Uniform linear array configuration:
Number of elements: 8
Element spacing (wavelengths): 0.75
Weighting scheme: kaiser
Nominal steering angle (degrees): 15
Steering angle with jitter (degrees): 13.631
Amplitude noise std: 0.05
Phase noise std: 0.05

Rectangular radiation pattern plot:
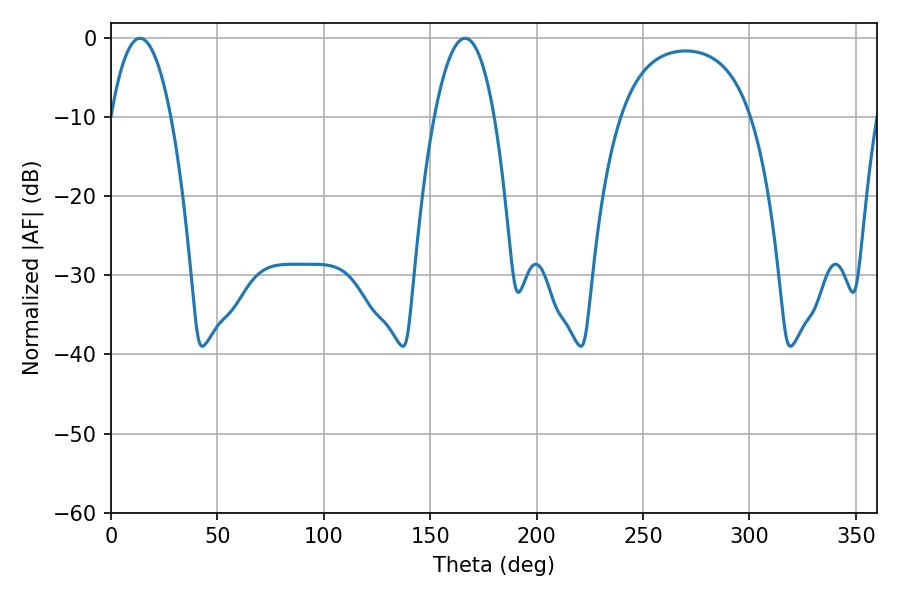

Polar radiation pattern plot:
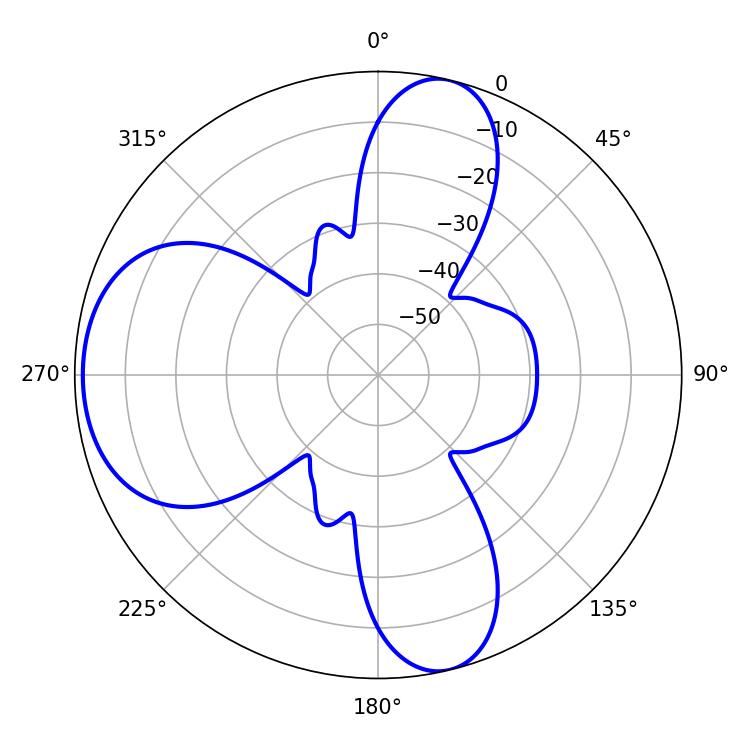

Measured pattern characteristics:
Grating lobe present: TRUE
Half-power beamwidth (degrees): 15.66
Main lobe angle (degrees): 13.68